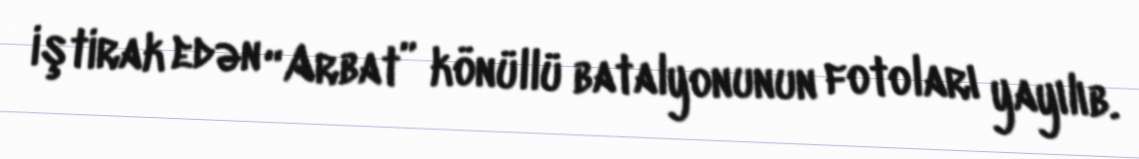
iştirak edən “Arbat” könüllü batalyonunun fotoları yayılıb.